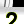
Digit: 2